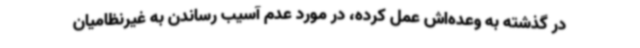
در گذشته به وعده‌اش عمل کرده، در مورد عدم آسیب رساندن به غیرنظامیان